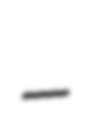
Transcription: –